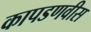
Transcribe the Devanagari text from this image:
कापडणवीस